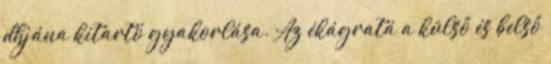
dhjána kitartó gyakorlása. Az ékágratá a külső és belső